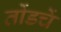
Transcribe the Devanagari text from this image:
तोंडचें